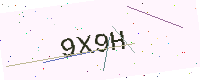
Text: 9X9H